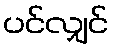
ပင်လျှင်